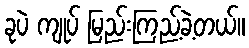
ခုပဲ ကျုပ် မြည်းကြည့်ခဲ့တယ်။